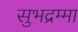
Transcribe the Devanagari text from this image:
सुभद्रम्मा